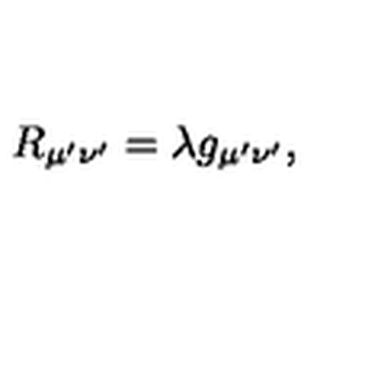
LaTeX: R _ { \mu ^ { \prime } \nu ^ { \prime } } = \lambda g _ { \mu ^ { \prime } \nu ^ { \prime } } ,